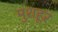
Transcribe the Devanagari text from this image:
मुशहूर